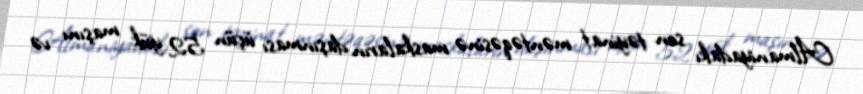
Almaniyadakı son təyinat məntəqəsinə maskaların daşınması üçün 52 yük maşını və